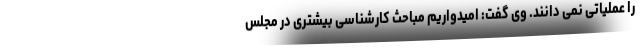
را عملیاتی نمی دانند. وی گفت: امیدواریم مباحث کارشناسی بیشتری در مجلس